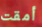
أمقت